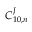
C _ { 1 0 , n } ^ { J }